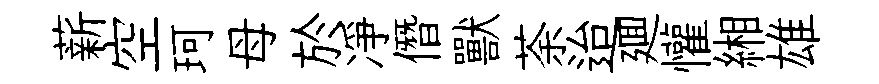
薪空珂母於凈僭獸荼迨廽懽緗雄